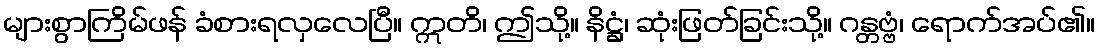
များစွာကြိမ်ဖန် ခံစားရလှလေပြီ။ ဣတိ၊ ဤသို့။ နိဋ္ဌံ၊ ဆုံးဖြတ်ခြင်းသို့။ ဂန္တဗ္ဗံ၊ ရောက်အပ်၏။